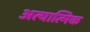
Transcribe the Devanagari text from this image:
अत्यात्मिक